Trukikaitis_Postimees, lk 226
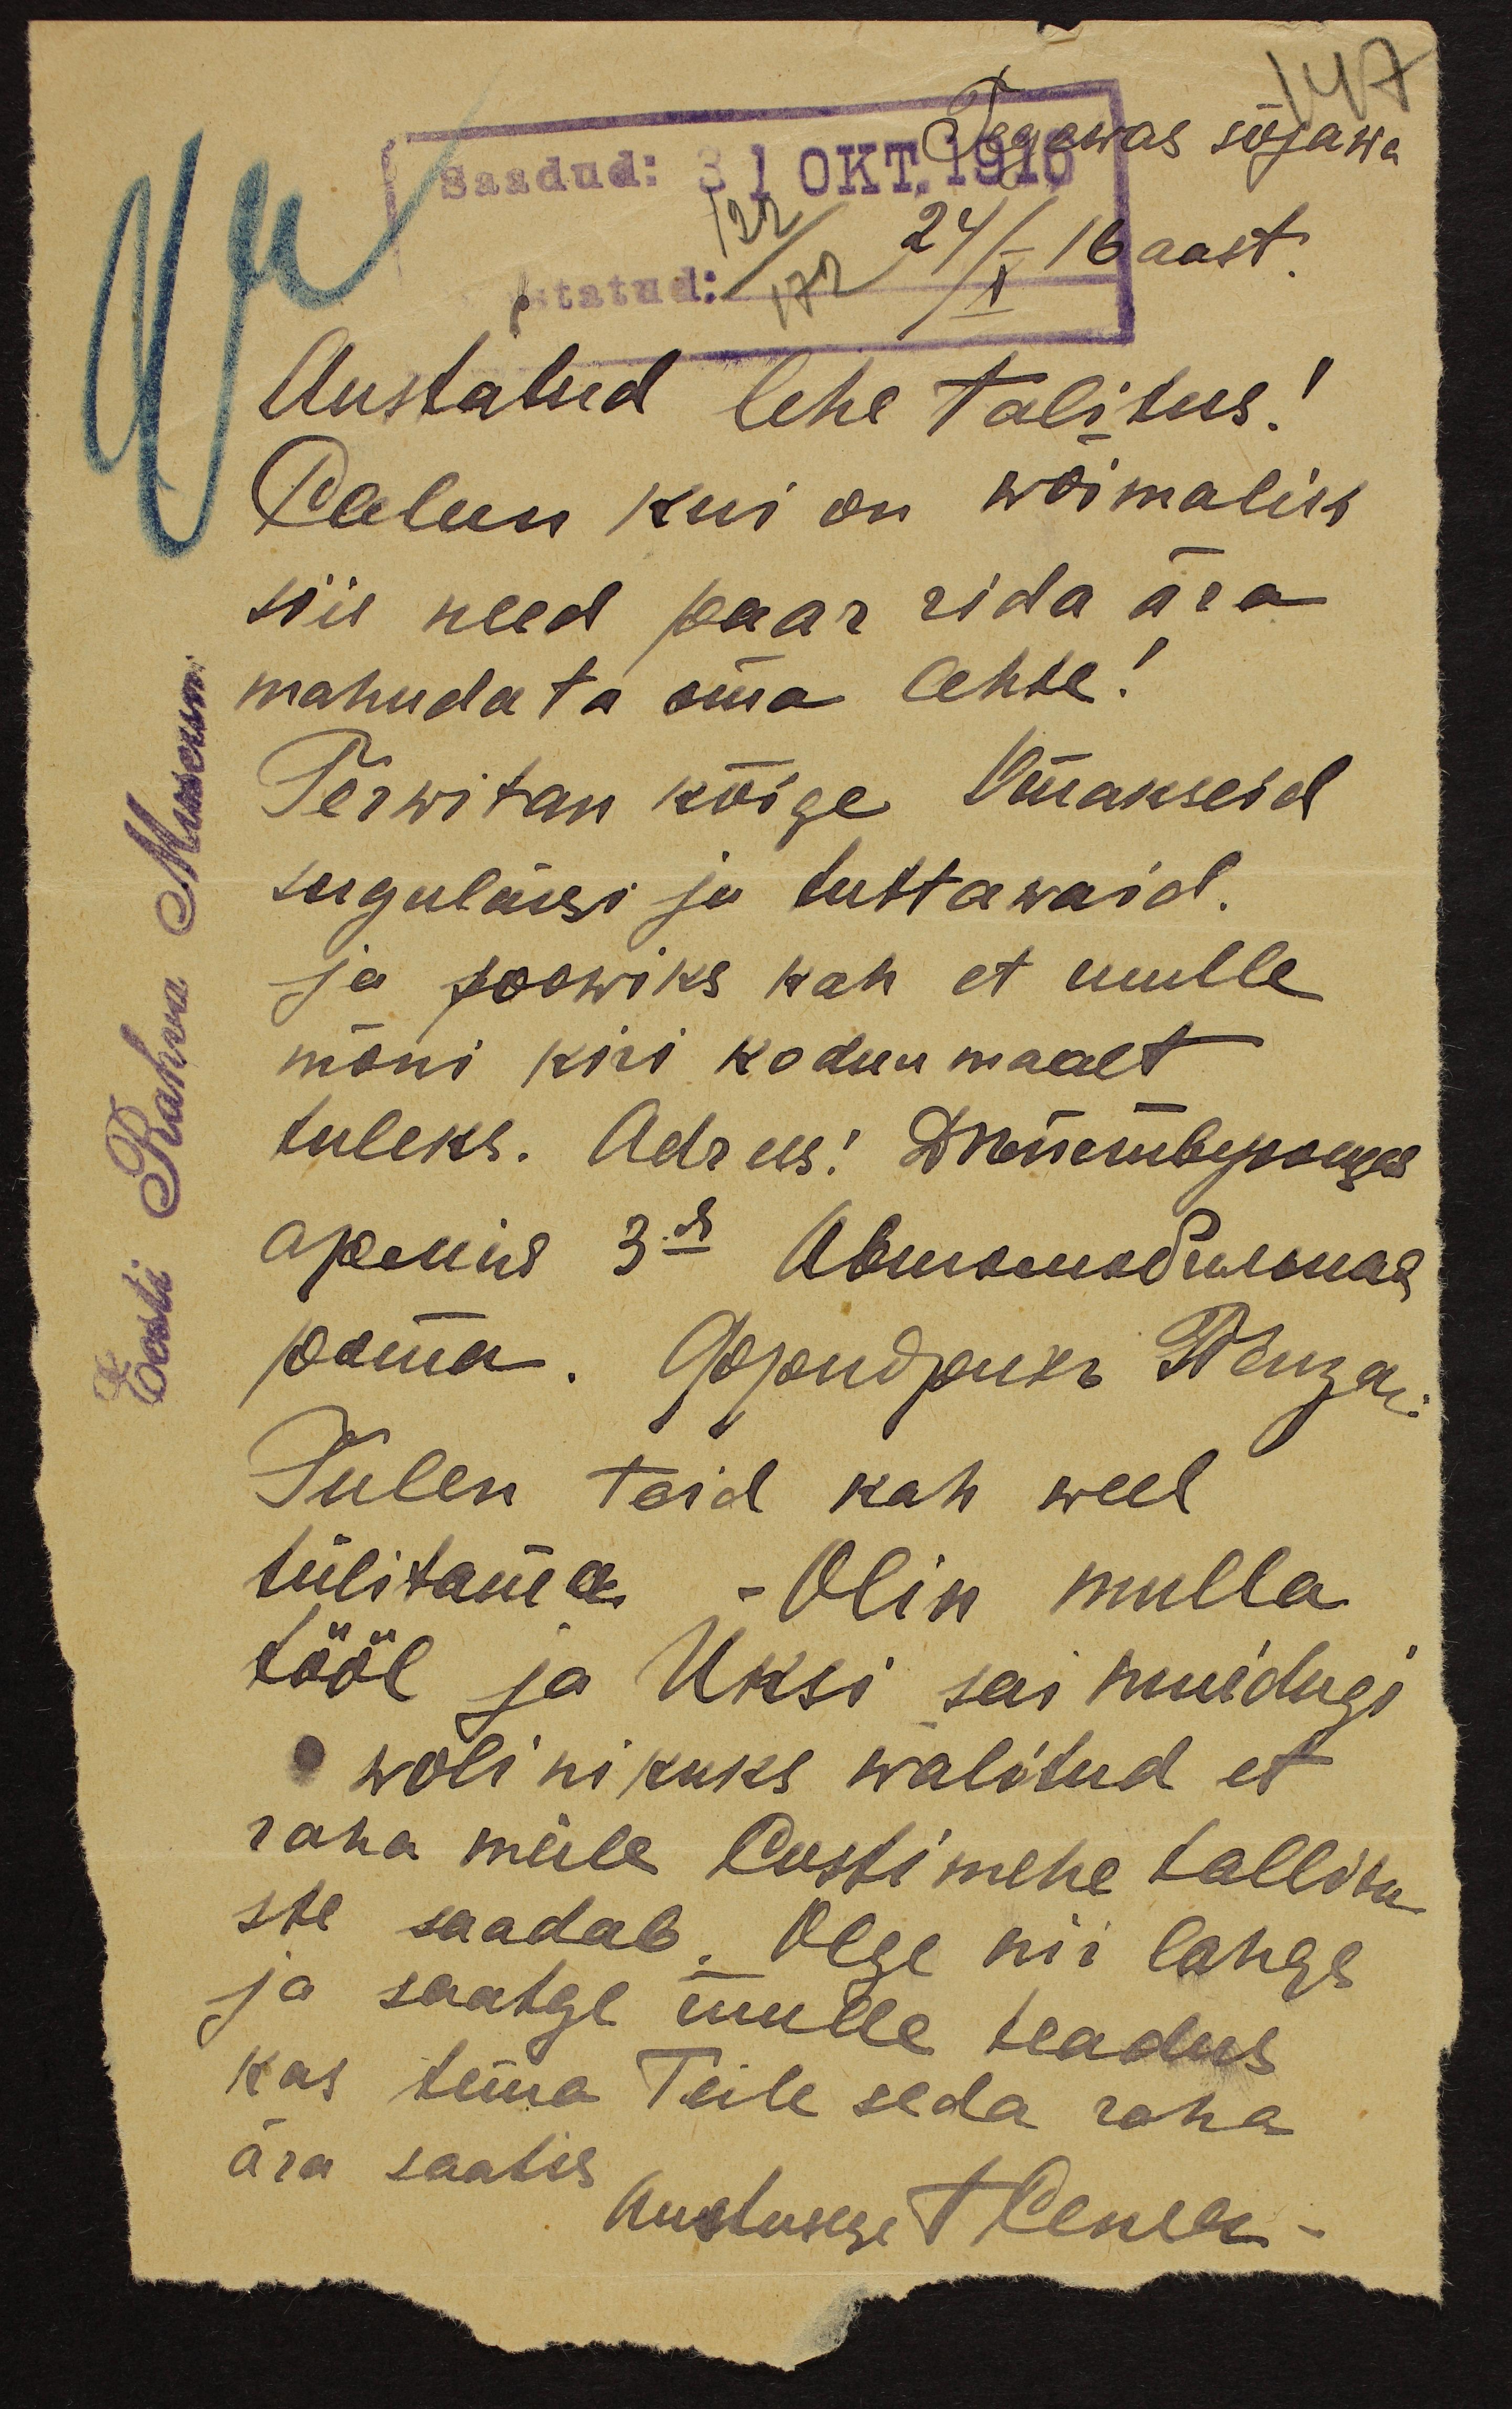
147
Tegewas sõjawa
24/X 16 aast.
122/172
Austatud lehe talitus!
Palun kui on wõimalik
siis need paar rida ära
mahudata oma lehte!
Terwitan kõige Omakseid
sugulaisi ja tuttawaid.
ja soowiks kah et mulle
mõni kiri koduu maalt
tuleks. Adress: Inmembejuseks
Tulen teid kah weel
tülitama. Olin mulla
tööl ja Üksi sai muidugi
wolinikuks walitud et
raha meile Postimehe tallitu
sse saadab. Olge nii lahge
ja saatge mulle teadus
kas tema Teile seda raha
ära saatis Austusega TKenser-